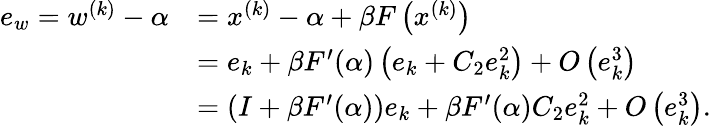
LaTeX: \begin{array}{rl}{e_{w}=w^{(k)}-\alpha}&{=x^{(k)}-\alpha+\beta F\left(x^{(k)}\right)}\\ &{=e_{k}+\beta F^{\prime}(\alpha)\left(e_{k}+C_{2}e_{k}^{2}\right)+O\left(e_{k}^{3}\right)}\\ &{=(I+\beta F^{\prime}(\alpha))e_{k}+\beta F^{\prime}(\alpha)C_{2}e_{k}^{2}+O\left(e_{k}^{3}\right).}\end{array}